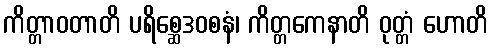
ကိတ္တာဝတာတိ ပရိစ္ဆေဒဝစနံ၊ ကိတ္တကေနာတိ ဝုတ္တံ ဟောတိ